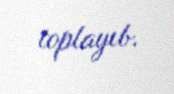
toplayıb.